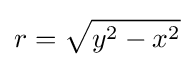
r={\sqrt {y^{2}-x^{2}}}